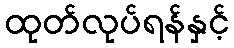
ထုတ်လုပ်ရန်နှင့်